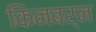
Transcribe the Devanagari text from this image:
किनबर्न